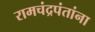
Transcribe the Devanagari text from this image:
रामचंद्रपंतांना